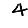
Digit: 4